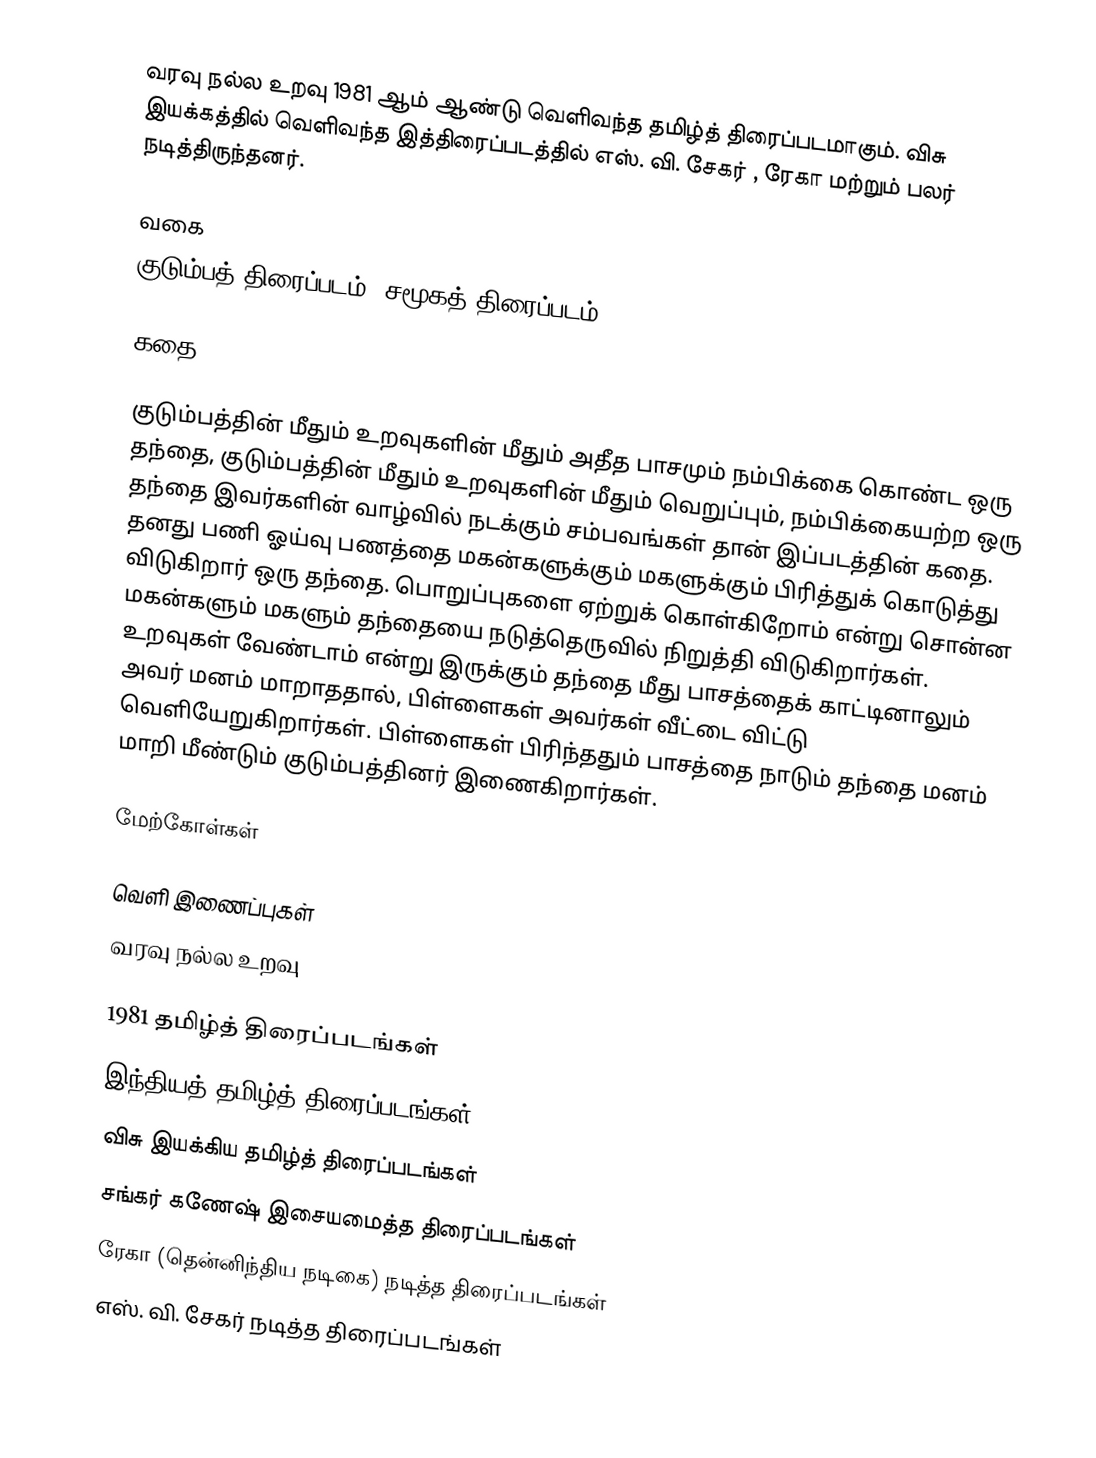
வரவு நல்ல உறவு 1981 ஆம் ஆண்டு வெளிவந்த தமிழ்த் திரைப்படமாகும். விசு இயக்கத்தில் வெளிவந்த இத்திரைப்படத்தில் எஸ். வி. சேகர் , ரேகா மற்றும் பலர் நடித்திருந்தனர்.

வகை
குடும்பத் திரைப்படம், சமூகத் திரைப்படம்

கதை

குடும்பத்தின் மீதும் உறவுகளின் மீதும் அதீத பாசமும் நம்பிக்கை கொண்ட ஒரு தந்தை, குடும்பத்தின் மீதும் உறவுகளின் மீதும் வெறுப்பும், நம்பிக்கையற்ற ஒரு தந்தை இவர்களின் வாழ்வில் நடக்கும் சம்பவங்கள் தான் இப்படத்தின் கதை. தனது பணி  ஓய்வு பணத்தை மகன்களுக்கும் மகளுக்கும் பிரித்துக் கொடுத்து விடுகிறார் ஒரு தந்தை. பொறுப்புகளை ஏற்றுக் கொள்கிறோம் என்று சொன்ன மகன்களும் மகளும் தந்தையை நடுத்தெருவில் நிறுத்தி விடுகிறார்கள்.   உறவுகள் வேண்டாம் என்று இருக்கும் தந்தை மீது பாசத்தைக் காட்டினாலும் அவர் மனம் மாறாததால், பிள்ளைகள் அவர்கள்  வீட்டை விட்டு   வெளியேறுகிறார்கள். பிள்ளைகள் பிரிந்ததும் பாசத்தை நாடும் தந்தை மனம் மாறி  மீண்டும் குடும்பத்தினர் இணைகிறார்கள்.

மேற்கோள்கள்

வெளி இணைப்புகள்
 வரவு நல்ல உறவு

1981 தமிழ்த் திரைப்படங்கள்
இந்தியத் தமிழ்த் திரைப்படங்கள்
விசு இயக்கிய தமிழ்த் திரைப்படங்கள்
சங்கர் கணேஷ் இசையமைத்த திரைப்படங்கள்
ரேகா (தென்னிந்திய நடிகை) நடித்த திரைப்படங்கள்
எஸ். வி. சேகர் நடித்த திரைப்படங்கள்